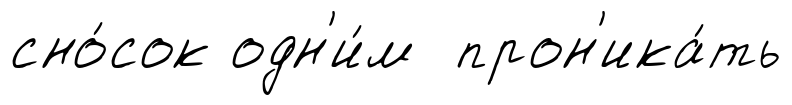
сно́сок одн'и́м прон'ика́ть